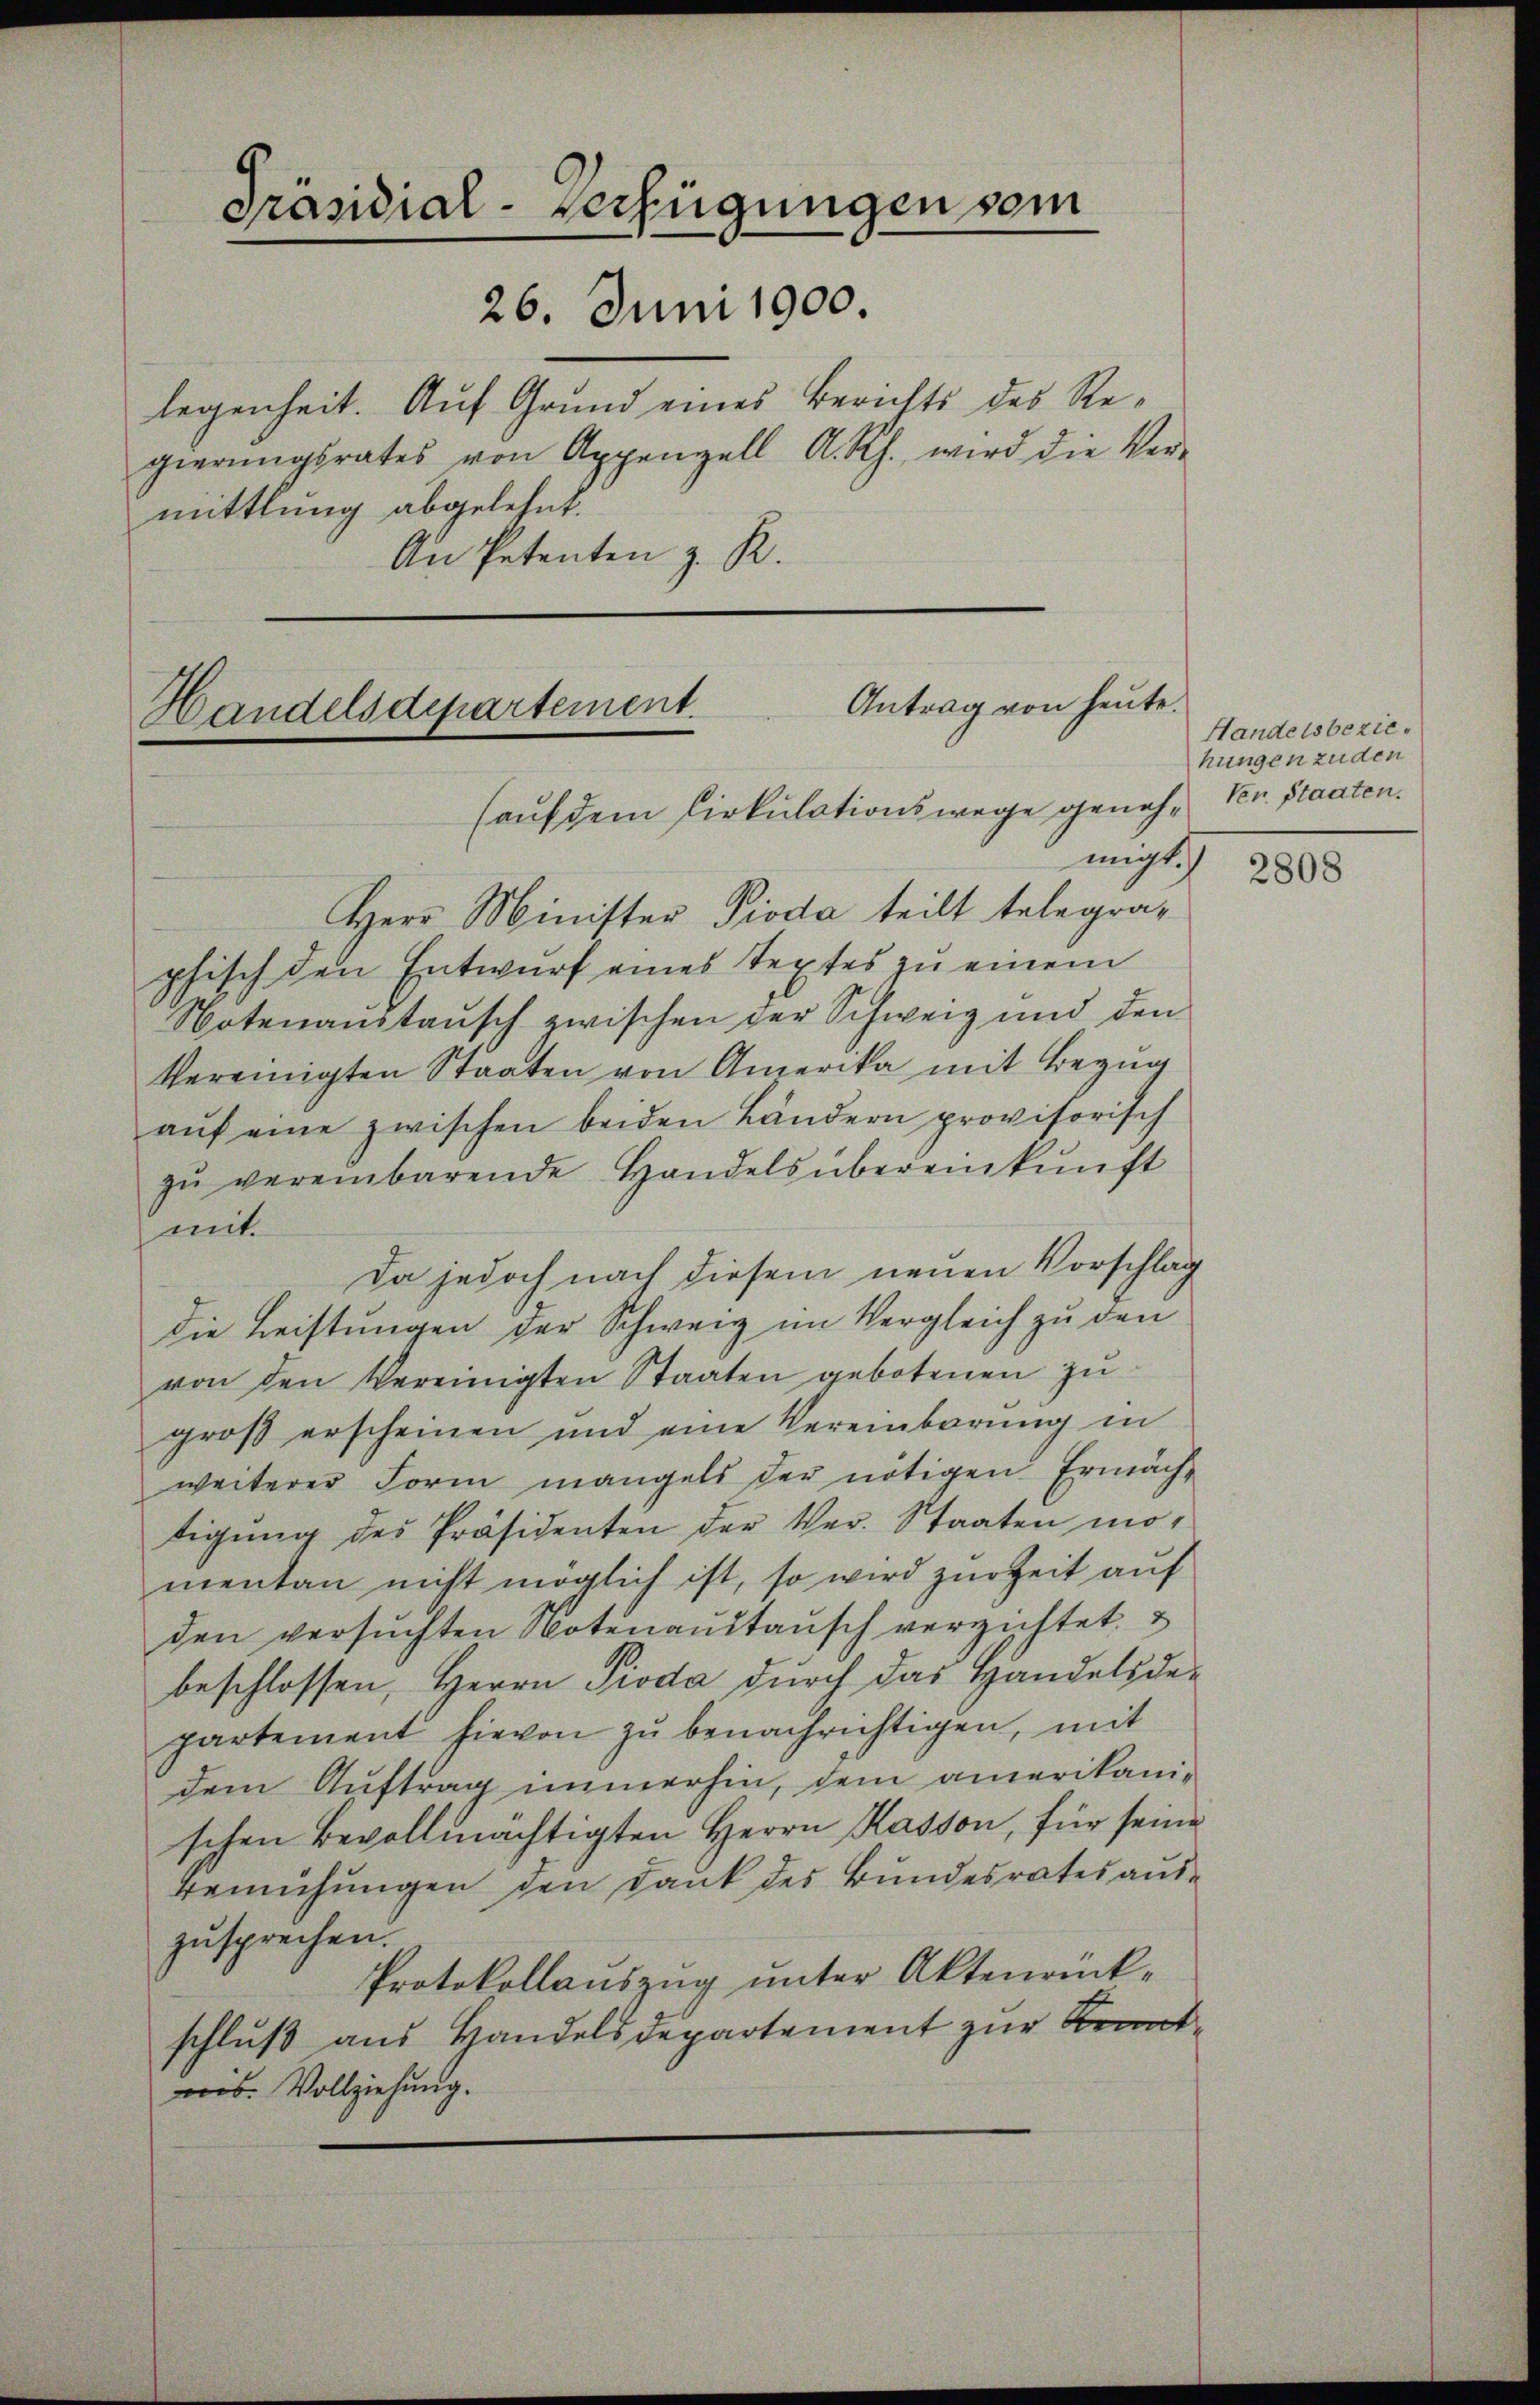
Präsidial-Verfügungen vom
26. Juni 1900.
legenheit. Auf Grund eines Berichts des Regierŭngsrates von Appenzell A. Rh. wird die Ver-
mittlung abgelehnt.
An Petenten z. R.

Antrag von heute.
Handelsdepartement.
sauf dem Cirkulationswege geneh-Ven. Staaten.
migt.
Herr Minister Pioda teilt telegra¬

phisch den Entwurf eines Textes zu einem
Notenanstausch zwischen der Schweiz und den
vereinigten Staaten von Amerika mit Bezug
aŭf eine zwischen beiden Ländern provisorisch
zŭ vereinbarende Handels übereinkunft
mit.
Da jedoch nach diesem neuen Vorschlag
die Leistungen der Schweiz im Vergleich zu den
von den Vereinigten Staaten gebotenen zu
groß erscheinen und eine Vereinbarŭng in
weiterer Form mangels der nötigen Ermächtigŭng des Präsidenten der Ver- Staaten mo-
mentan nicht möglich ist, so wird zur Zeit auf
den versuchten Notenanstausch verzichtet
beschlossen, Herrn Pioda durch das Handelsde-
partement hievon zu benachrichtigen, mit
dem Auftrag immerhin, dem amerikani-
schen Bevollmächtigten Herrn Kasson, für seine
Bemühungen den Dank des Bundesrates auszusprechen.
Protokollauszug unter Aktenrückschluß aus Handelsdepartement zur Kenntnis. Vollziehung.

Handelsbeziehungen zuden

2808